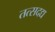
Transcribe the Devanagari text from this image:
तत्सदद्य